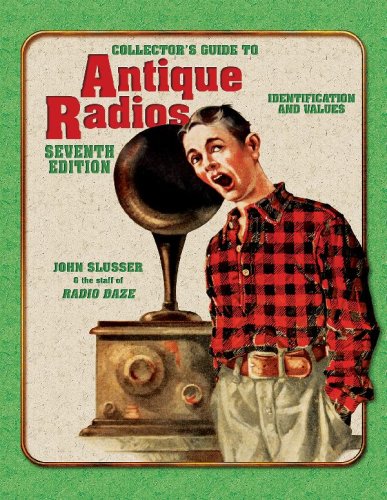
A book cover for Collector's Guide to Antique Radios: Identification and Values, 7th Edition; John Slusser; Crafts, Hobbies & Home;